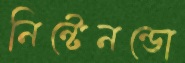
নিন্টেনন্ডো